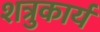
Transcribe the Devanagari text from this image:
शत्रुकार्य